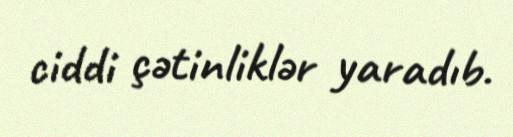
ciddi çətinliklər yaradıb.